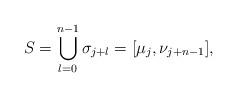
LaTeX: \begin{align*}S = \bigcup\limits_{l=0}^{n-1} \sigma_{j+l} = [\mu_j, \nu_{j+n-1}],\end{align*}